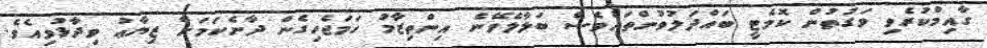
ގާއިމްކުރެވި ވަގުތުން ކޮމެޓީ ބައްދަލުވުންތައްވެސް ބަލާލެވޭނެ އިންތިޒާމު ހަމަޖެހިގެން ދާނެކަމަށް ޒިޔާޢު ވިދާޅުވިއެވެ.